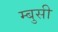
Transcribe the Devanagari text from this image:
म्बुसी